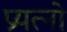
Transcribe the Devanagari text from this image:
प्रयत्नो